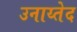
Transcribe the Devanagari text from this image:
उनाय्तेद